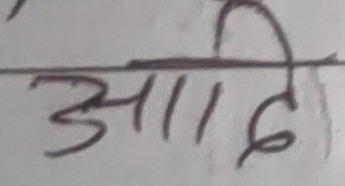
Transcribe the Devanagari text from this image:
आदि